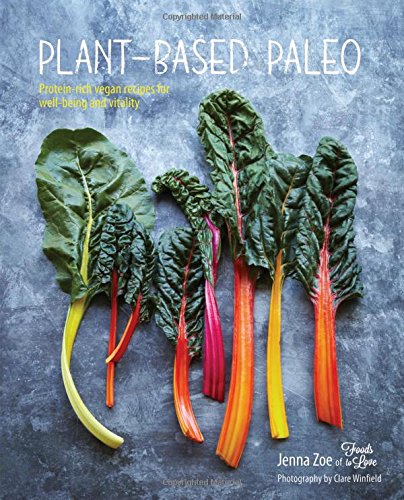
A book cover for Plant-Based Paleo: Protein-rich vegan recipes for well-being and vitality; Jenna Zoe; Cookbooks, Food & Wine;